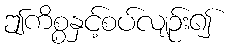
ဤကိစ္စနှင့်စပ်လျဉ်း၍